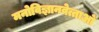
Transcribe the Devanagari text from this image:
मनोविज्ञानवेत्ताओं